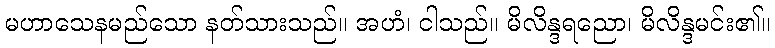
မဟာသေနမည်သော နတ်သားသည်။ အဟံ၊ ငါသည်။ မိလိန္ဒရညော၊ မိလိန္ဒမင်း၏။